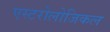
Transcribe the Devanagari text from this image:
एस्टरोलोजिकल